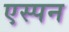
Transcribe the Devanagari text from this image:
एस्पन